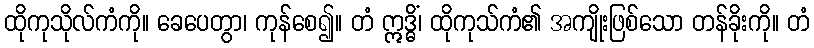
ထိုကုသိုလ်ကံကို။ ခေပေတွာ၊ ကုန်စေ၍။ တံ ဣဒ္ဓိံ၊ ထိုကုသ်ကံ၏ အကျိုးဖြစ်သော တန်ခိုးကို။ တံ